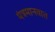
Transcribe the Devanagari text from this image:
यंत्रमानवात